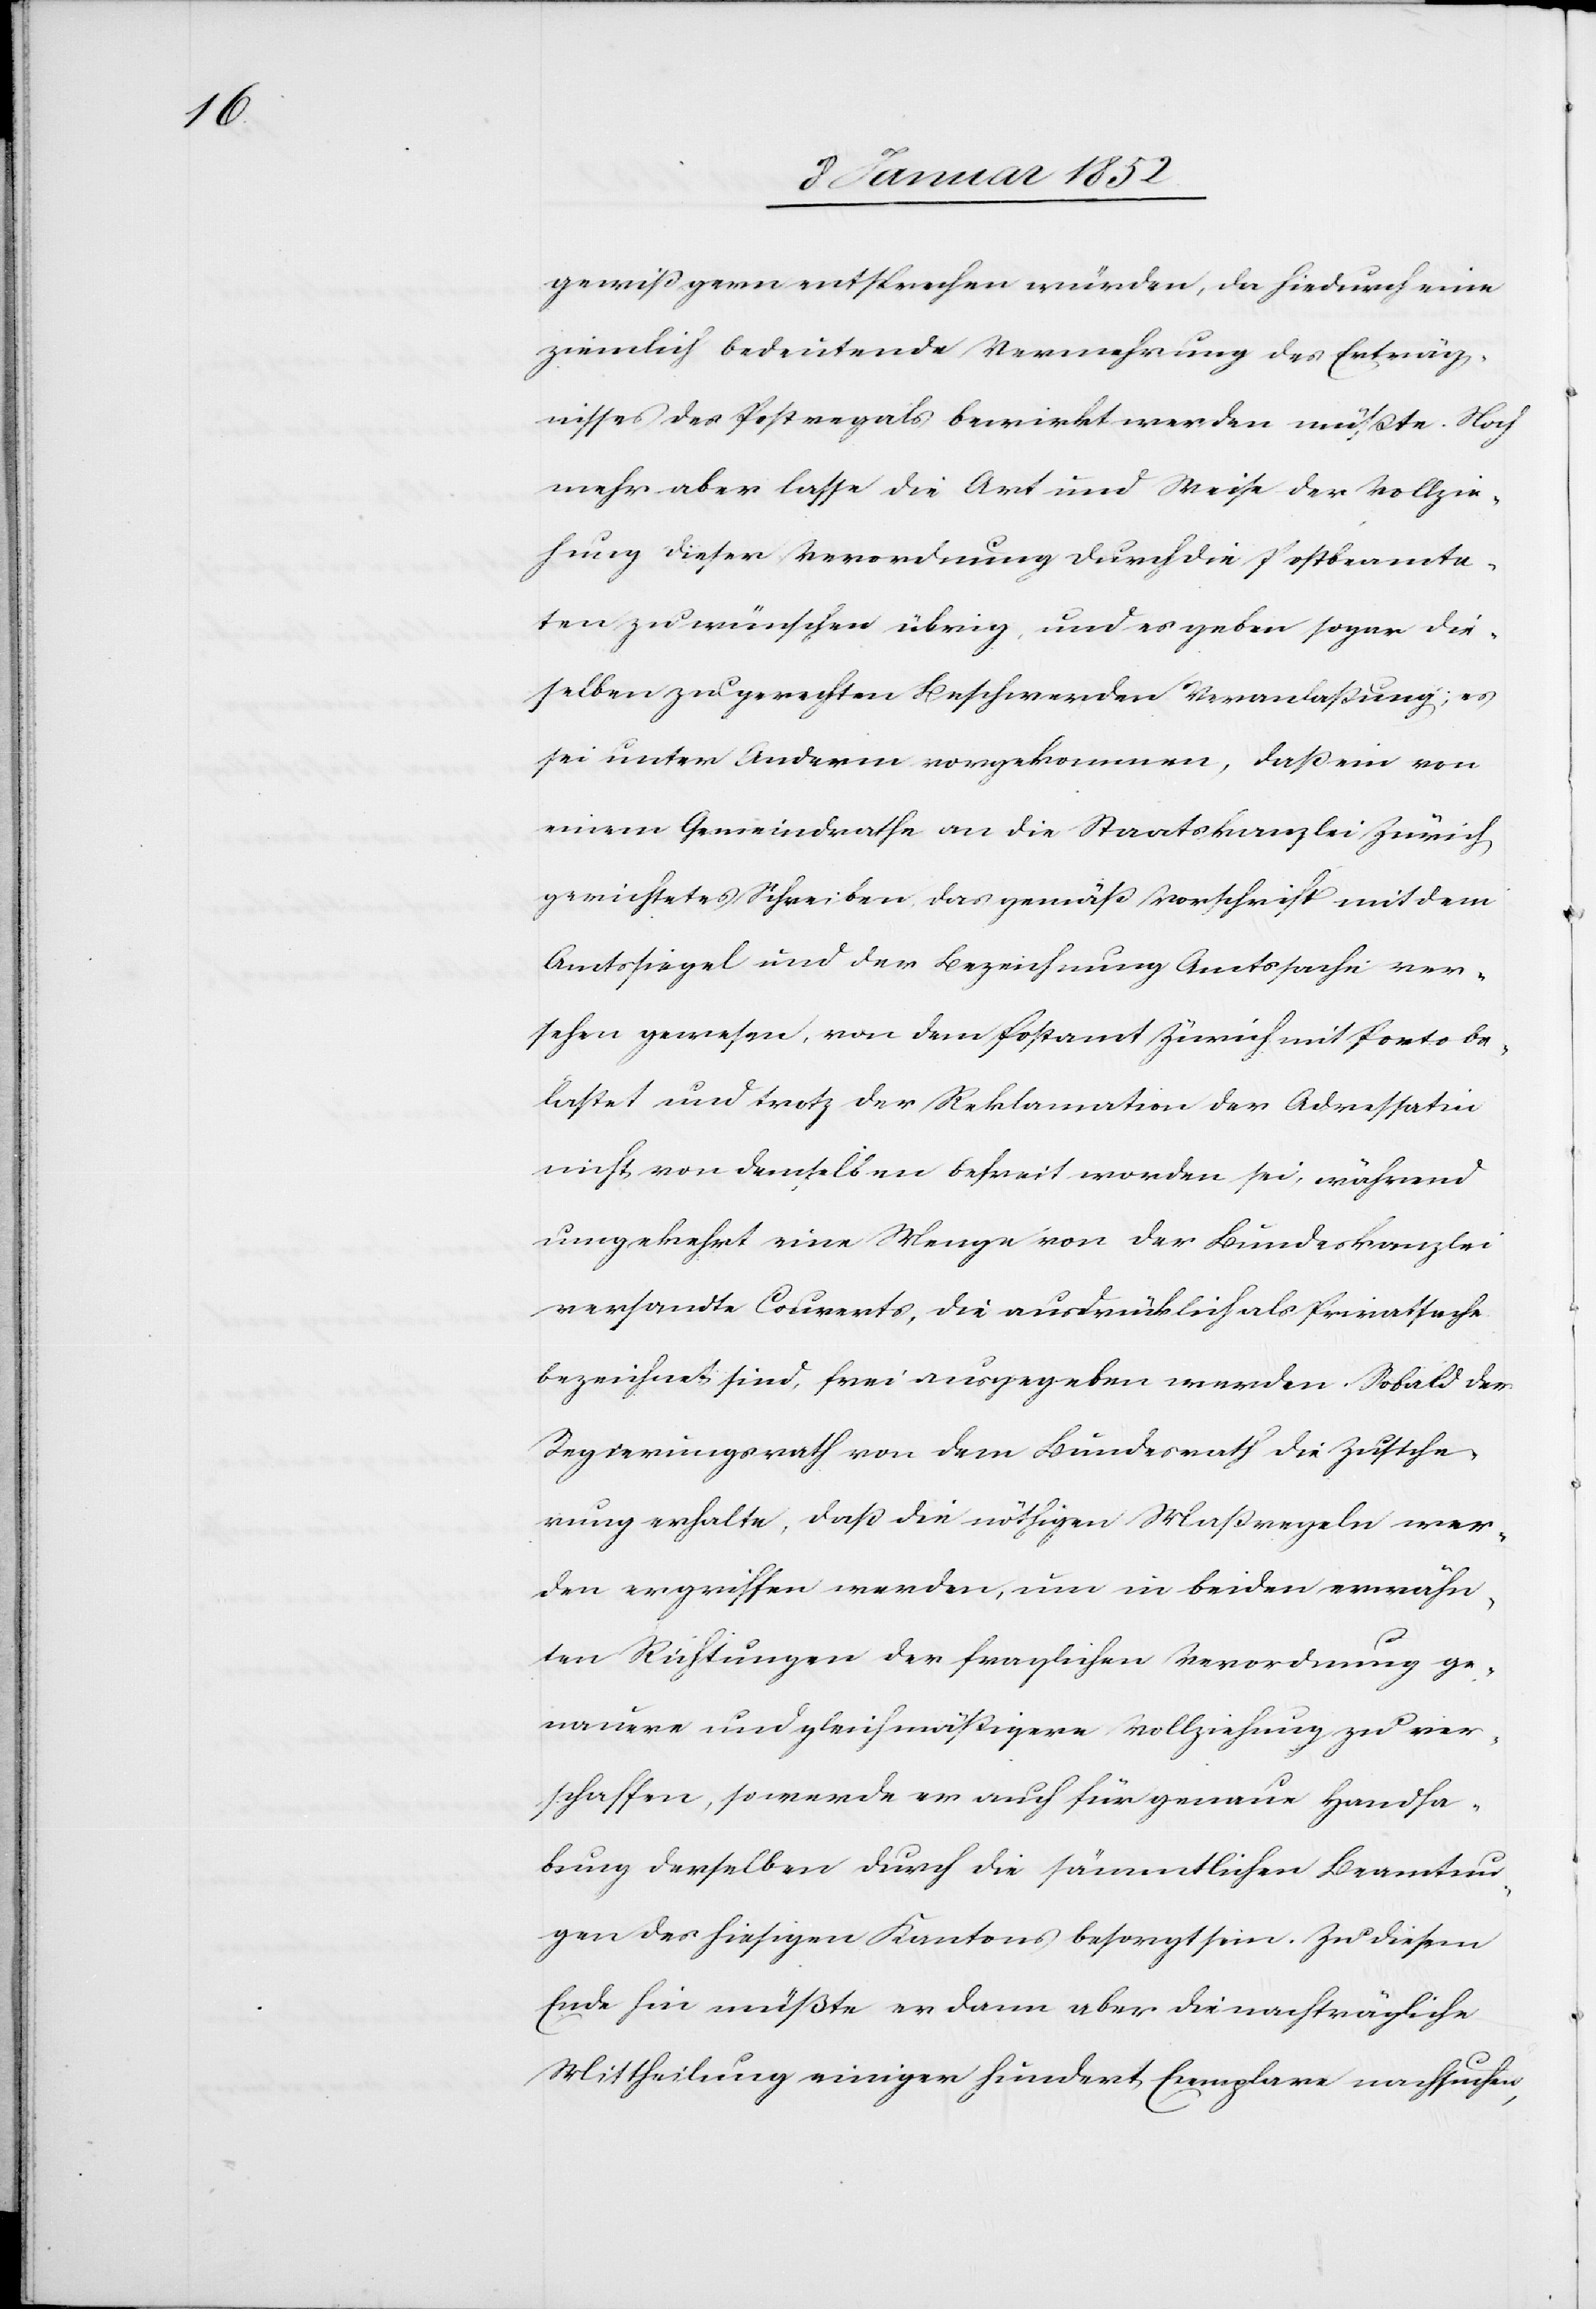
gewiß gern entsprechen würden, da hiedurch eine
ziemlich bedeutend Vermehrung des Erträg¬
nisses des Postregals bewirkt werden müßte. Noch
mehr aber lasse die Art und Weise der Vollzie¬
hung dieser Verordnung durch die Postbeamt¬
eten zu gerechten Beschwerden Veranlaßung; es
sei unter Anderm vorgekommen, daß ein von
einem Gemeindrathe an die Staatskanzlei Zürich
gerichtetes Schreiben das gemäß Vorschrift mit dem
Amtssiegel und der Bezeichnung Amtssache ver¬
sehen gewesen, von dem Postamt Zürich mit Porto be¬
lastet und trotz der Reklamation der Adressatin
nicht von demselben befreit worden sei, während
umgekehrt eine Menge von der Bundeskanzlei
versandte Couverts, die ausdrücklich als Privatsache
bezeichnet sind, frei ausgegeben werden. Sobald der
Regierungsrath von dem Bundesrath die Zusiche¬
rung erhalten, daß die nöthigen Maßregeln wer¬
den ergriffen werden, um in beiden erwähn¬
ten Richtungen der fraglichen Verordnung ge¬
nauer und gleichmäßigere Vollziehung zu ver¬
schaffen, so werde er auch für genaue Handha¬
bung derselben durch die sämmtlichen Beamtun¬
gen des hiesigen Kantons besorgt sein. Zu diesem
Ende hin müßte er dann aber die nachträgliche
Mittheilung einiger hundert Exemplare nachsuchen,